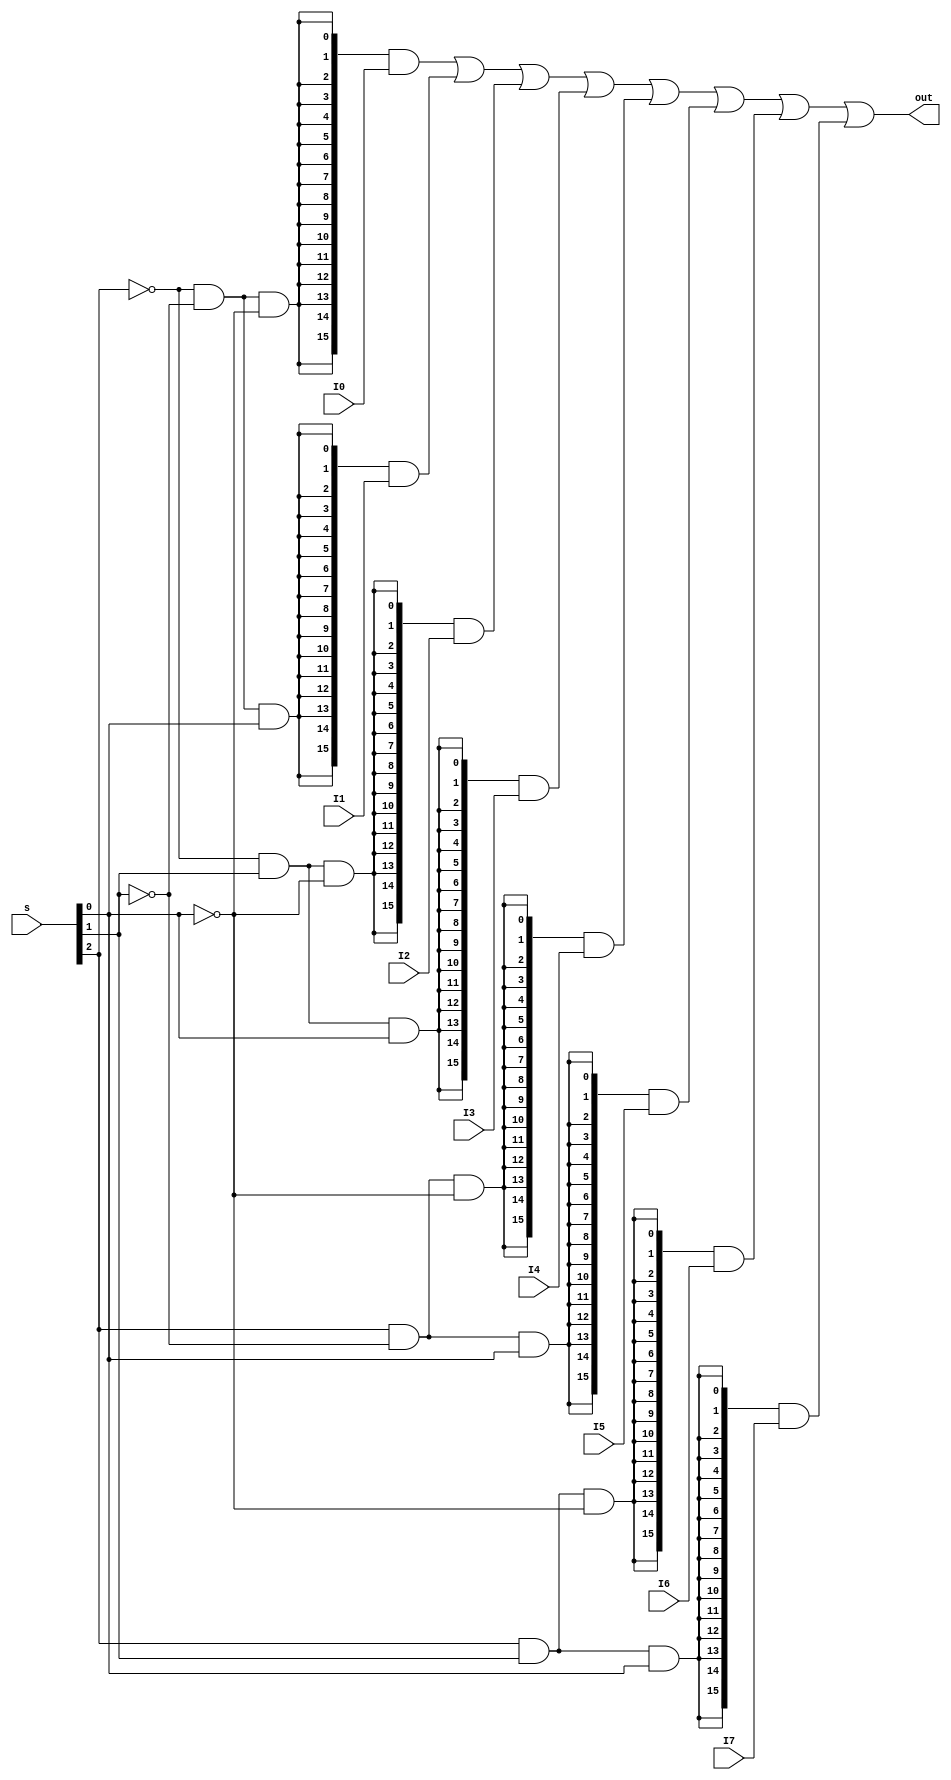
`timescale 1ns / 1ps
//////////////////////////////////////////////////////////////////////////////////
// Company: 
// Engineer: 
// 
// Design Name: 
// Module Name:    MUX8T1_16 
// Project Name: 
// Target Devices: 
// Tool versions: 
// Description: 
//
// Dependencies: 
//
// Revision: 
// Revision 0.01 - File Created
// Additional Comments: 
//
//////////////////////////////////////////////////////////////////////////////////
module MUX8T1_16(
    input [2:0] s,
    input [15:0] I0,
    input [15:0] I1,
    input [15:0] I2,
    input [15:0] I3,
    input [15:0] I4,
    input [15:0] I5,
    input [15:0] I6,
    input [15:0] I7,
    output [15:0] out
    );

    wire EN0 = (~s[2]) & (~s[1]) & (~s[0]);
    wire EN1 = (~s[2]) & (~s[1]) & ( s[0]);
    wire EN2 = (~s[2]) & ( s[1]) & (~s[0]);
    wire EN3 = (~s[2]) & ( s[1]) & ( s[0]);
    wire EN4 = ( s[2]) & (~s[1]) & (~s[0]);
    wire EN5 = ( s[2]) & (~s[1]) & ( s[0]);
    wire EN6 = ( s[2]) & ( s[1]) & (~s[0]);
    wire EN7 = ( s[2]) & ( s[1]) & ( s[0]);
    
    
    assign out = ({16{EN0}} & I0) | 
                 ({16{EN1}} & I1) | 
                 ({16{EN2}} & I2) | 
                 ({16{EN3}} & I3) |
                 ({16{EN4}} & I4) | 
                 ({16{EN5}} & I5) | 
                 ({16{EN6}} & I6) | 
                 ({16{EN7}} & I7);


endmodule